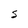
Character: S